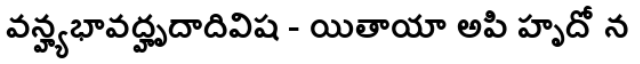
వన్హ్యభావద్హృదాదివిష - యితాయా అపి హృదో న